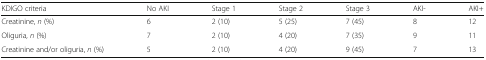
<table><thead><tr><td><b>KDIGO criteria</b></td><td><b>No AKI</b></td><td><b>Stage 1</b></td><td><b>Stage 2</b></td><td><b>Stage 3</b></td><td><b>AKI-</b></td><td><b>AKI+</b></td></tr></thead><tbody><tr><td>Creatinine, <i>n</i> (%)</td><td>6</td><td>2 (10)</td><td>5 (25)</td><td>7 (45)</td><td>8</td><td>12</td></tr><tr><td>Oliguria, <i>n</i> (%)</td><td>7</td><td>2 (10)</td><td>4 (20)</td><td>7 (35)</td><td>9</td><td>11</td></tr><tr><td>Creatinine and/or oliguria, <i>n</i> (%)</td><td>5</td><td>2 (10)</td><td>4 (20)</td><td>9 (45)</td><td>7</td><td>13</td></tr></tbody></table>